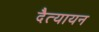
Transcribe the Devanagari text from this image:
दैत्यायन